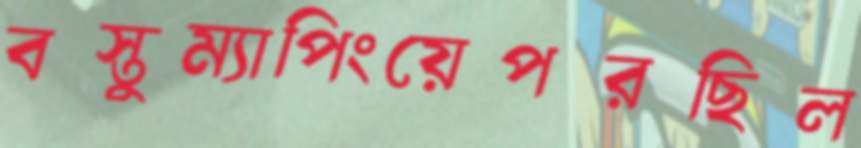
বস্তুম্যাপিংয়েপরছিল